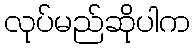
လုပ်မည်ဆိုပါက